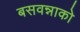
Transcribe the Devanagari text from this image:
बसवन्नाको